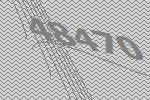
48470